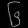
Digit: ၆